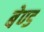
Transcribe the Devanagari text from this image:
बेण्ड